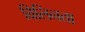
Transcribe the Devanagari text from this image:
विलिनता